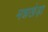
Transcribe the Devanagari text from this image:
मन्नखेड़ा